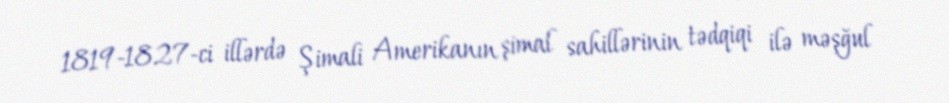
1819-1827-ci illərdə Şimali Amerikanın şimal sahillərinin tədqiqi ilə məşğul